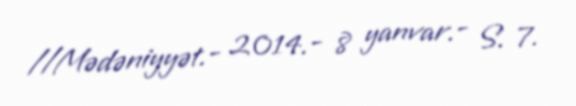
//Mədəniyyət.- 2014.- 8 yanvar.- S. 7.